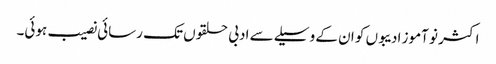
اکثر نو آموز ادیبوں کو ان کے وسیلے سے ادبی حلقوں تک رسائی نصیب ہوئی۔